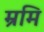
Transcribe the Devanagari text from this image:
म्रमि